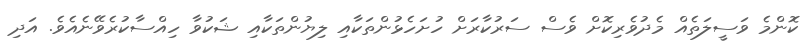
ކޮންމެ ވަސީލަތެއް މެދުވެރިކޮށް ވެސް ސަރުކާރަށް ހުށަހެޅުންތަކާއި ލިޔުންތަކާއި ޝަކުވާ ހިއްސާކުރެވޭނެއެވެ. އަދި